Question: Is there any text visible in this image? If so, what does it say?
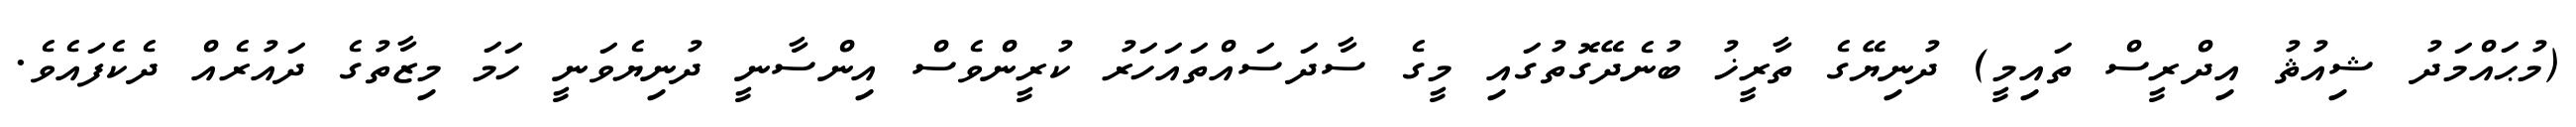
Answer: (މުޙައްމަދު ޝިއުޘު އިދްރީސް ތައިމީ) ދުނިޔޭގެ ތާރީޚު ބުނެދޭގޮތުގައި މީގެ ސާދަސައްތައަހަރު ކުރީންވެސް އިންސާނީ ދުނިޔެވަނީ ހަމަ މިޒާތުގެ ދައުރެއް ދެކެފައެވެ.